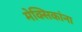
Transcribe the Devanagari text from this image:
मेक्सिकांना